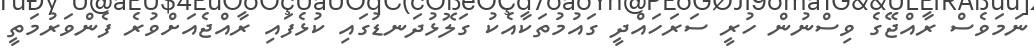
ނަމަވެސް ރާއްޖޭގެ ވިސްނުން ހުރީ ސަރަހައްދީ ގައުމުތަކާއެކު ގަލޮޅުދަނޑުގައި ކުޅެފައި ރާއްޖެއަށްވުރެ ފެންވަރުމަތީ